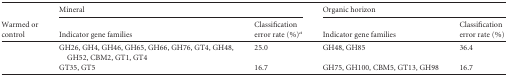
<table><thead><tr><td rowspan="2"><b>Warmed or control</b></td><td colspan="2"><b>Mineral</b></td><td colspan="2"><b>Organic horizon</b></td></tr><tr><td><b>Indicator gene families</b></td><td><b>Classification error rate (%)<sup><i>a</i></sup></b></td><td><b>Indicator gene families</b></td><td><b>Classification error rate (%)</b></td></tr></thead><tbody><tr><td>[EMPTY_CELL]</td><td>GH26, GH4, GH46, GH65, GH66, GH76, GT4, GH48, GH52, CBM2, GT1, GT4</td><td>25.0</td><td>GH48, GH85</td><td>36.4</td></tr><tr><td>[EMPTY_CELL]</td><td>GT35, GT5</td><td>16.7</td><td>GH75, GH100, CBM5, GT13, GH98</td><td>16.7</td></tr></tbody></table>